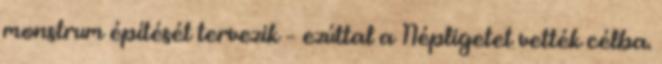
monstrum építését tervezik – ezúttal a Népligetet vették célba.